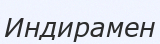
Индирамен